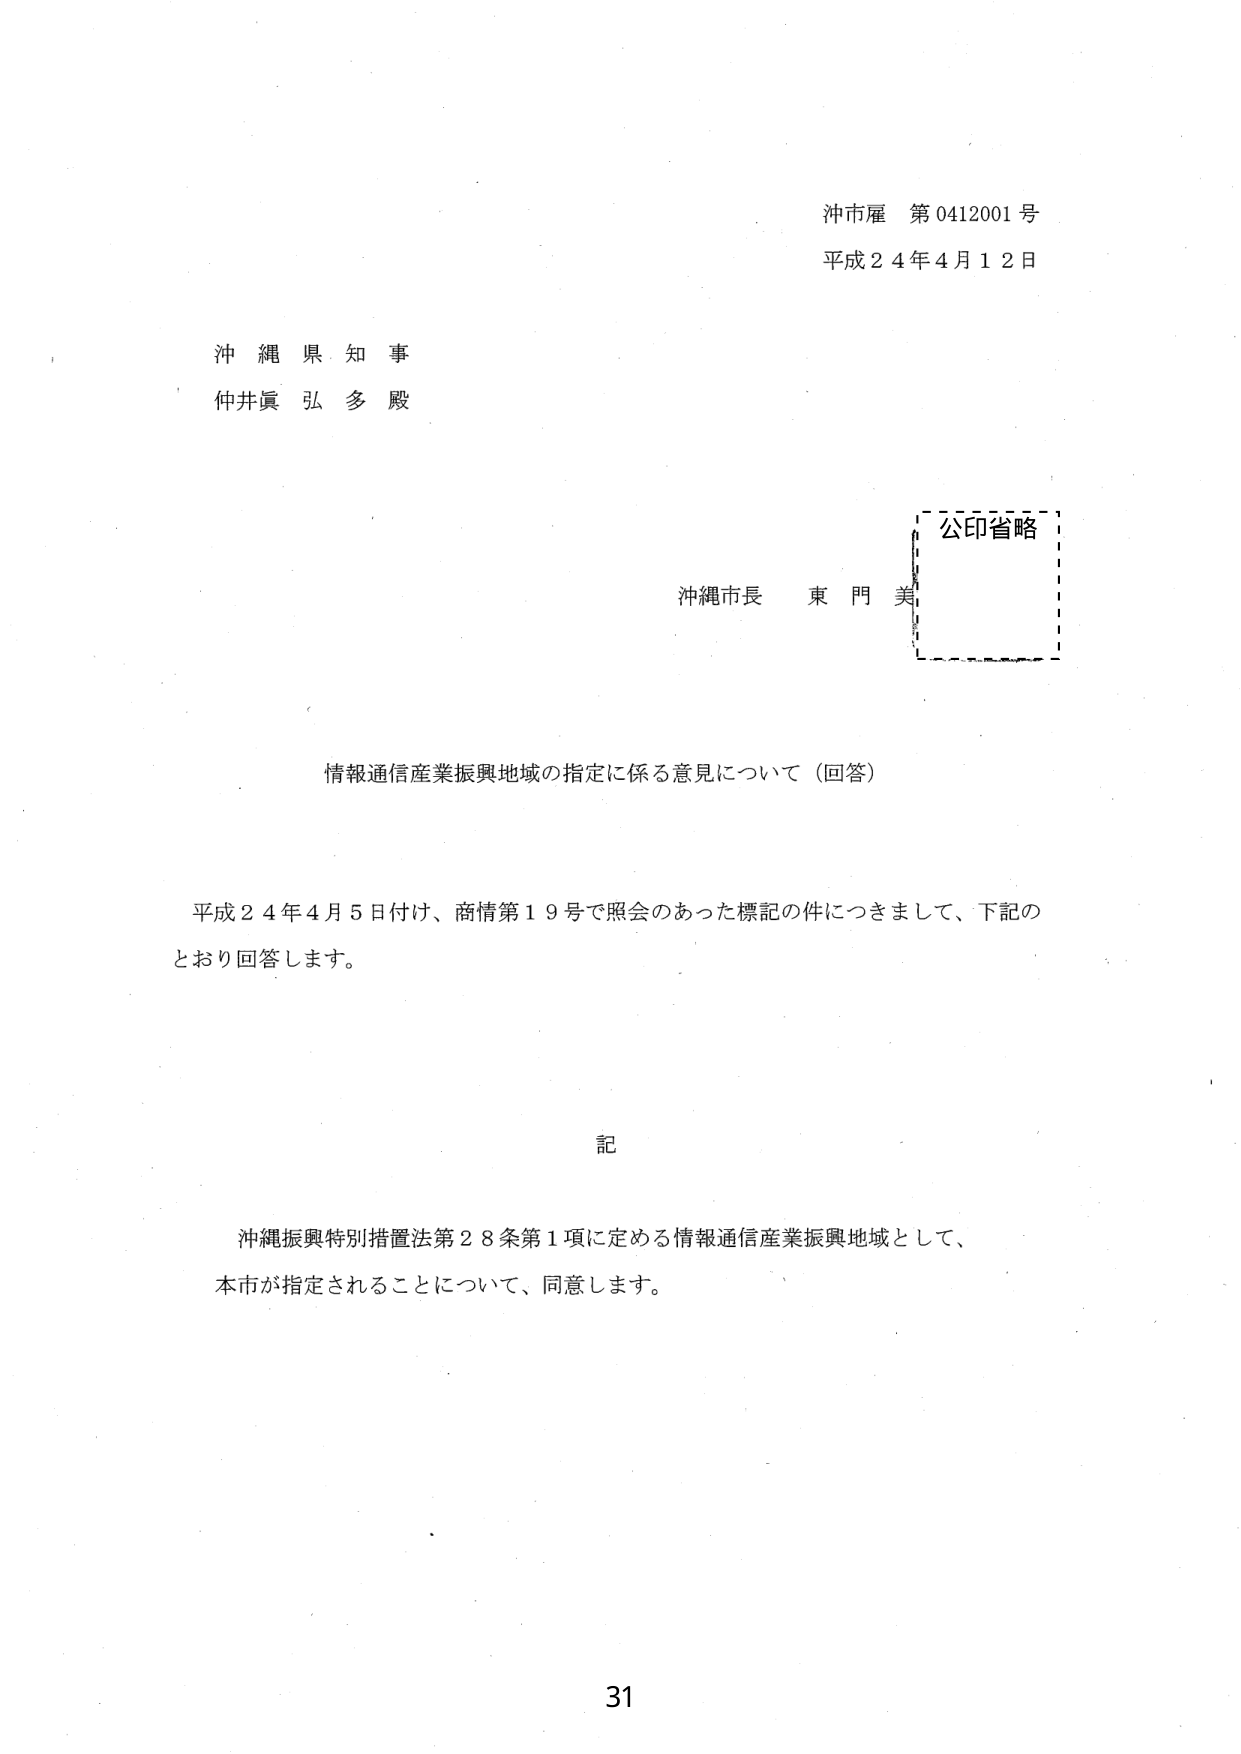
沖市雇 第0412001号
平成24年4月12日

沖縄県知事
仲井眞 弘多 殿

沖縄市長 東門 美
公印省略

情報通信産業振興地域の指定に係る意見について（回答）

平成24年4月5日付け、商情第19号で照会のあった標記の件につきまして、下記の
とおり回答します。

記

沖縄振興特別措置法第28条第1項に定める情報通信産業振興地域として、
本市が指定されることについて、同意します。

31